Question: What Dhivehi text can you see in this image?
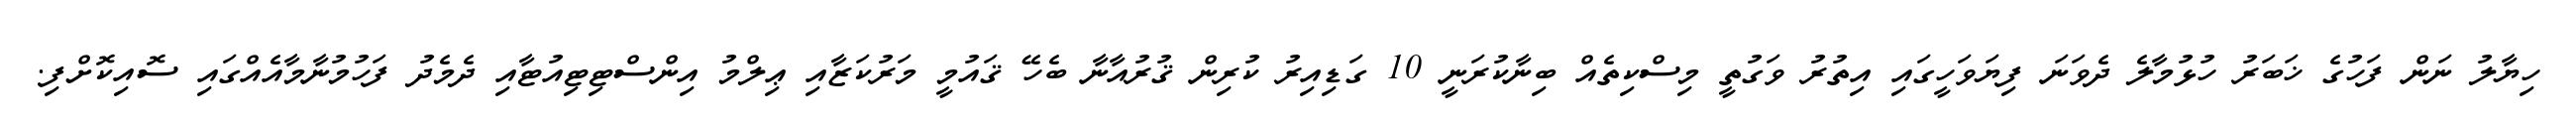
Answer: ހިޔާލު ނަން ފަހުގެ ޚަބަރު ހުޅުމާލެ ދެވަނަ ފިޔަވަހީގައި އިތުރު ވަގުތީ މިސްކިތެއް ބިނާކުރަނީ 10 ގަޑިއިރު ކުރިން ޤުރުއާނާ ބެހޭ ޤައުމީ މަރުކަޒާއި ޢިލްމު އިންސްޓިޓިއުޓާއި ދެމެދު ފަހުމުނާމާއެއްގައި ސޮއިކޮށްފި.